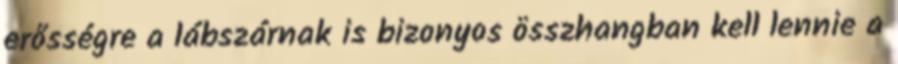
erősségre a lábszárnak is bizonyos összhangban kell lennie a